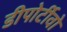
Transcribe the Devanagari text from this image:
डीपोर्टीवो